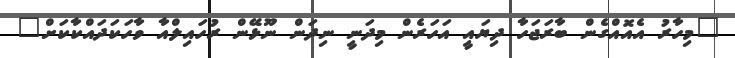
"މިހާރު އެއޮއްގެން ބާރަޖަހާ ދިޔައީ އަހަރެން މިދަނީ ނިދަން ނޫޅޭން ރުހައިލްއާ ވާހަކަދައްކާކަށް"